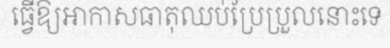
ធ្វើឱ្យអាកាសធាតុឈប់ប្រែប្រួលនោះទេ